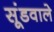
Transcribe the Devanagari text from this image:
सूंडवाले